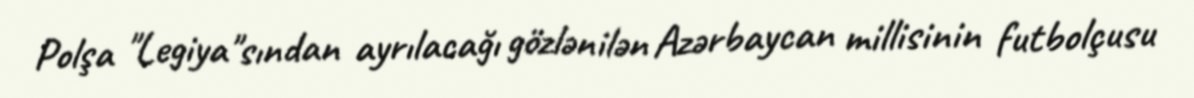
Polşa "Legiya"sından ayrılacağı gözlənilən Azərbaycan millisinin futbolçusu